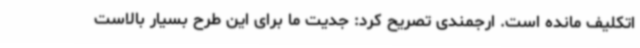
اتکلیف مانده است. ارجمندی تصریح کرد: جدیت ما برای این طرح بسیار بالاست